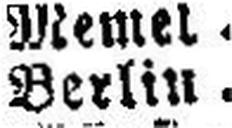
Berlin